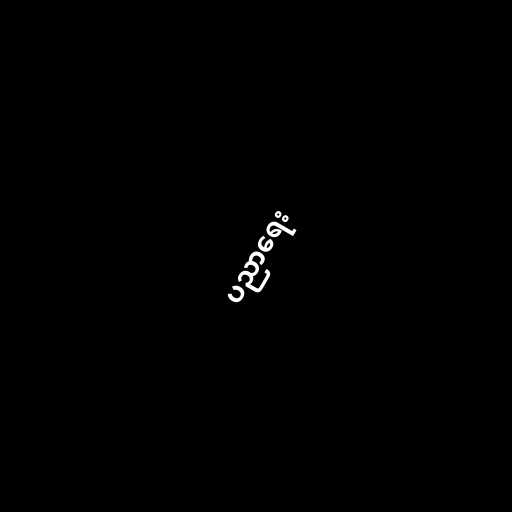
ပညာရေး